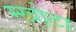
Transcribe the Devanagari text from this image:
म्खोटा